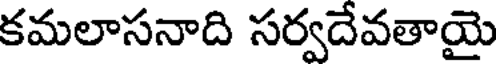
కమలాసనాది సర్వదేవతాయై